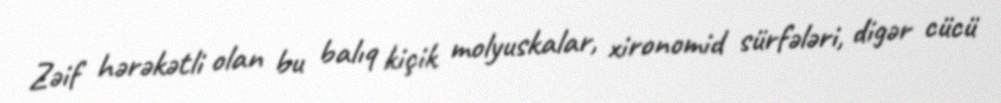
Zəif hərəkətli olan bu balıq kiçik molyuskalar, xironomid sürfələri, digər cücü